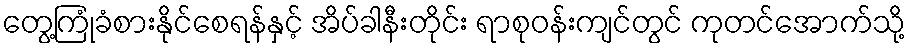
တွေ့ကြုံခံစားနိုင်စေရန်နှင့် အိပ်ခါနီးတိုင်း ရာစုဝန်းကျင်တွင် ကုတင်အောက်သို့